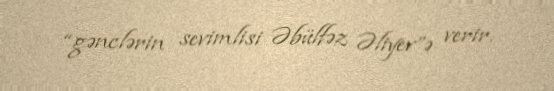
“gənclərin sevimlisi Əbülfəz Əliyev”ə verir.